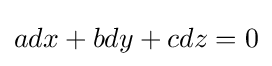
adx+bdy+cdz=0